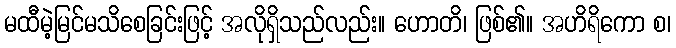
မထီမဲ့မြင်မသိစေခြင်းဖြင့် အလိုရှိသည်လည်း။ ဟောတိ၊ ဖြစ်၏။ အဟိရိကော စ၊